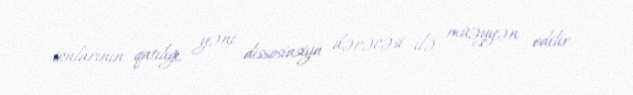
ionlarının qatılığı, yəni dissosiasiya dərəcəsi ilə müəyyən edilir.